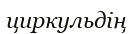
циркульдің